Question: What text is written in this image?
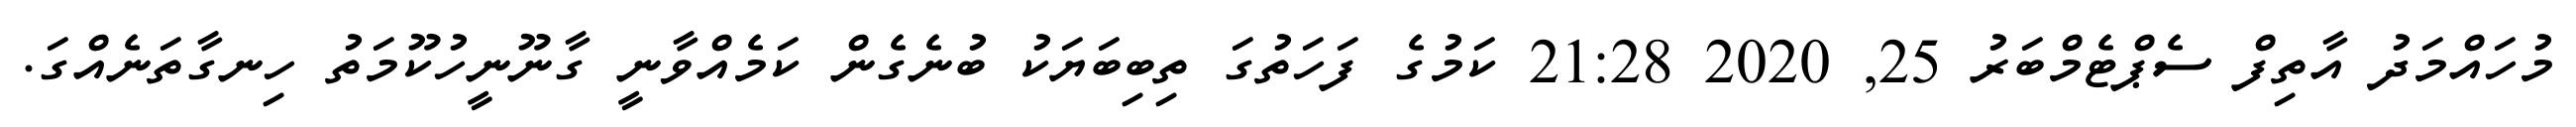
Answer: މުހައްމަދު އާތިފް ސެޕްޓެމްބަރު 25, 2020 21:28 ކަމުގެ ފަހަތުގަ ތިބިބަޔަކު ބުނެގެން ކަމެއްވާނީ ގާނޫނީހުކޫމަތު ހިނގާތަނެއްގަ.